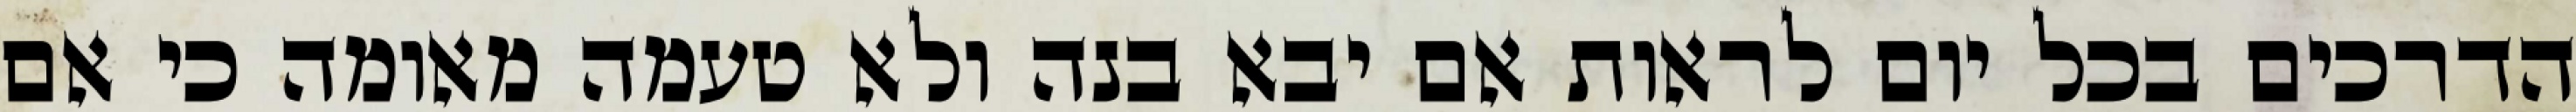
הדרכים בכל יום לראות אם יבא בנה ולא טעמה מאומה כי אם